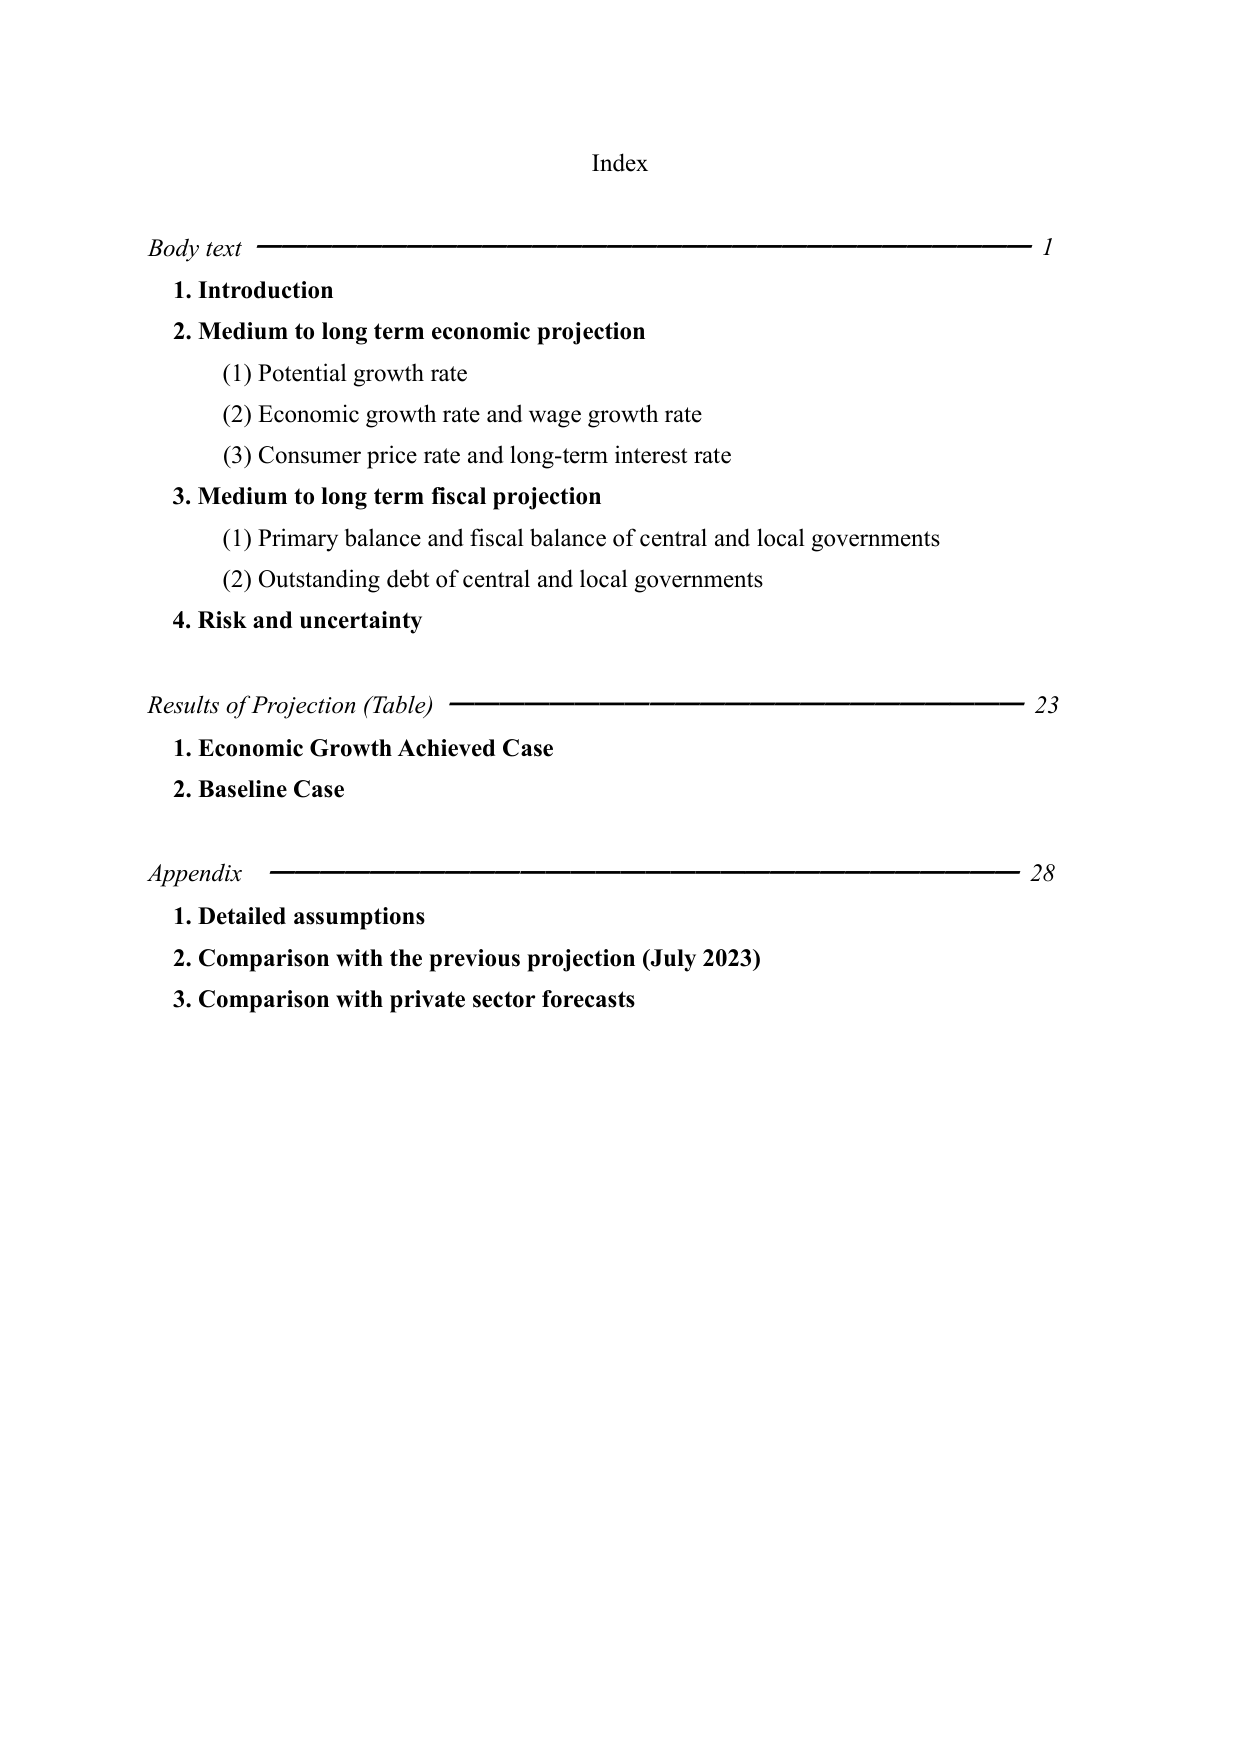
Index

Body text ———————————————————— 1
1. Introduction
2. Medium to long term economic projection
   (1) Potential growth rate
   (2) Economic growth rate and wage growth rate
   (3) Consumer price rate and long-term interest rate
3. Medium to long term fiscal projection
   (1) Primary balance and fiscal balance of central and local governments
   (2) Outstanding debt of central and local governments
4. Risk and uncertainty

Results of Projection (Table) ———————————— 23
1. Economic Growth Achieved Case
2. Baseline Case

Appendix ———————————————————— 28
1. Detailed assumptions
2. Comparison with the previous projection (July 2023)
3. Comparison with private sector forecasts